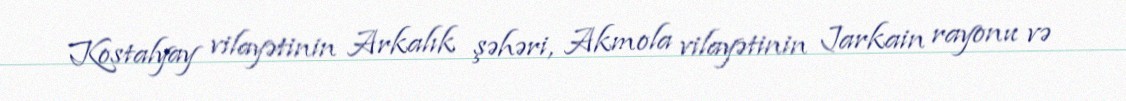
Kostalyay vilayətinin Arkalık şəhəri, Akmola vilayətinin Jarkain rayonu və